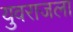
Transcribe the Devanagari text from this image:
युवराजला